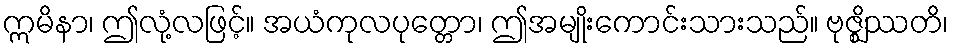
ဣမိနာ၊ ဤလုံ့လဖြင့်။ အယံကုလပုတ္တော၊ ဤအမျိုးကောင်းသားသည်။ ဗုဇ္ဈိဿတိ၊